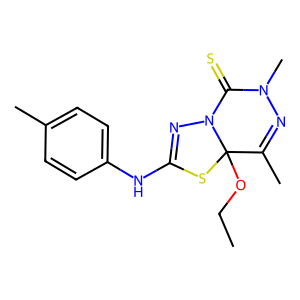
SMILES: CCOC12SC(Nc3ccc(C)cc3)=NN1C(=S)N(C)N=C2C
Inhibits HIV replication: No